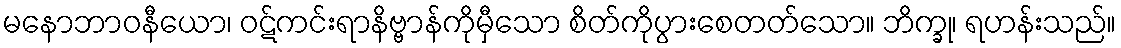
မနောဘာဝနီယော၊ ဝဋ်ကင်းရာနိဗ္ဗာန်ကိုမှီသော စိတ်ကိုပွားစေတတ်သော။ ဘိက္ခု၊ ရဟန်းသည်။